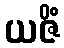
ယဇိံ